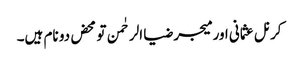
کرنل عثمانی اور میجر ضیا الرحٰمن تو محض دو نام ہیں۔